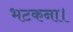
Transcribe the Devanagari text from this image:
भटकना।